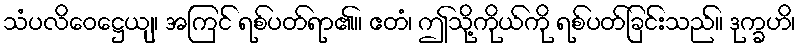
သံပလိဝေဋ္ဌေယျ၊ အကြင် ရစ်ပတ်ရာ၏။ ဧတံ၊ ဤသို့ကိုယ်ကို ရစ်ပတ်ခြင်းသည်။ ဒုက္ခဟိ၊